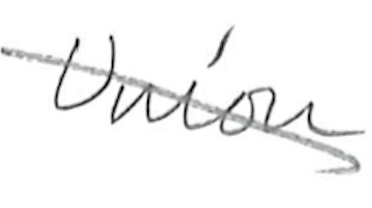
Text: Union
Cross-out: diagonal
Writing tool: pencil